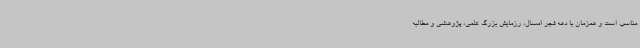
مناسب است و همزمان با دهه فجر امسال، رزمایش بزرگ علمی، پژوهشی و مطالبه